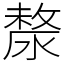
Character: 漦